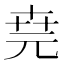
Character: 𠒖